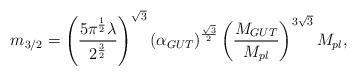
LaTeX: \begin{align*}m_{3/2} = \left( \frac{5 \pi^{\frac{1}{2}}\lambda}{2^{\frac{3}{2}}} \right)^{\sqrt 3} \left(\alpha_{GUT} \right)^{\frac{\sqrt 3}{2}} \left(\frac{M_{GUT}}{M_{pl}}\right)^{3\sqrt 3} M_{pl},\end{align*}